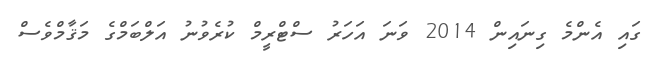
ގައި އެންމެ ގިނައިން 2014 ވަނަ އަހަރު ސްޓްރީމް ކުރެވުނު އަލްބަމްގެ މަޤާމްވެސް